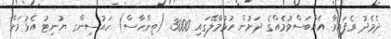
ދެމެދު ވެފައިވާ އެއްބަސްވުމެއްގެ ދަށުން ހުޅުމާލޭގައި 3000 (ތިންހާސް) ހައުސިންގ ޔުނިޓު އެޅުމަށް